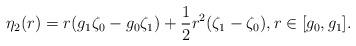
LaTeX: \begin{align*} \eta_2(r) = r(g_1\zeta_0-g_0\zeta_1)+\frac{1}{2}r^2(\zeta_1-\zeta_0), r\in[g_0,g_1].\end{align*}